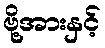
ဗို့အားနှင့်